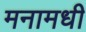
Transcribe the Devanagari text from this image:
मनामधी